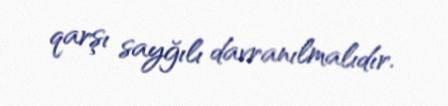
qarşı sayğılı davranılmalıdır.